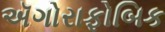
ઍગોરાફોબિક